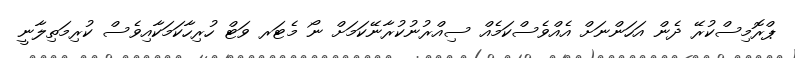
ޕްރޮމިސްކުރޭ ދެން އަހަންނަށް އެއްވެސްކަމެއް ސިއްރުނުކުރާނޭކަމަށް ނޯ މެޓަރ ވަޓް ހުރިހާކަމަކާއިވެސް ކުރިމަތިލާނީ